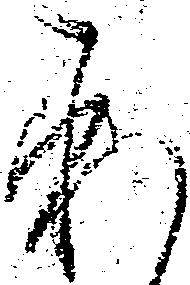
承